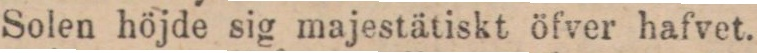
Solen höjde sig majestätiskt öfver hafvet.